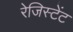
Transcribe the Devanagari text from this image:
रेजिस्टेंट